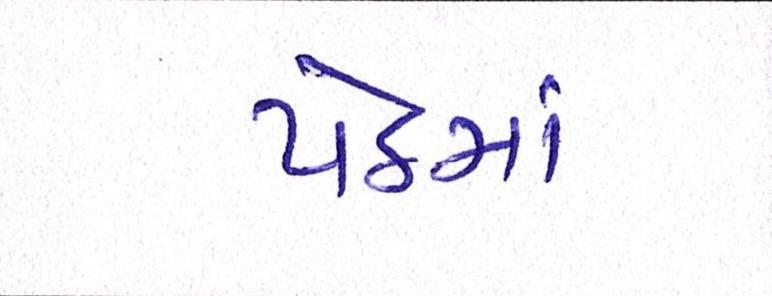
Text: પેઠમાં